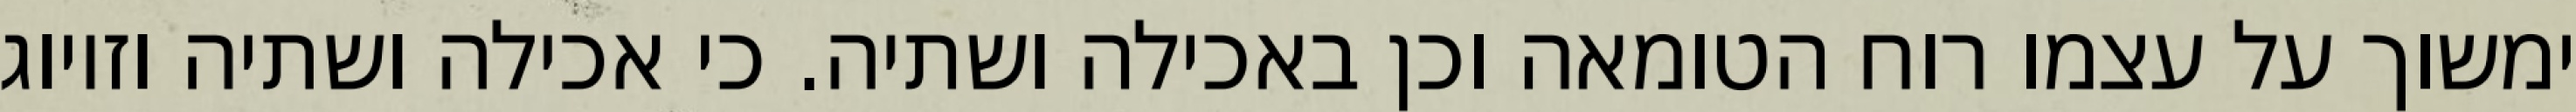
ימשוך על עצמו רוח הטומאה וכן באכילה ושתיה. כי אכילה ושתיה וזיווג